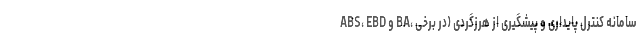
ABS، EBD و BA، سامانه کنترل پایداری و پیشگیری از هرزگردی (در برخی